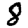
Digit: 8